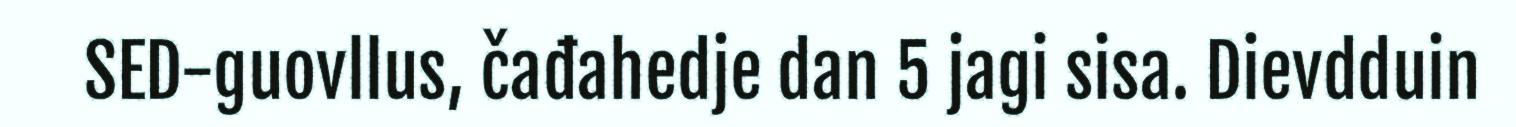
SED-guovllus, čađahedje dan 5 jagi sisa. Dievdduin